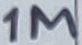
Text: 1M